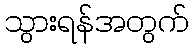
သွားရန်အတွက်